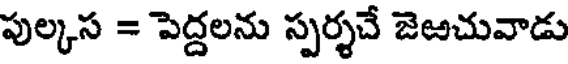
పుల్కస = పెద్దలను స్పర్శచే జెజచువాడు